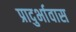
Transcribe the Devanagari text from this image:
प्रादुर्भावास